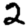
Digit: 2